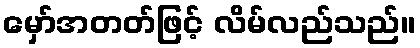
မှော်အတတ်ဖြင့် လိမ်လည်သည်။